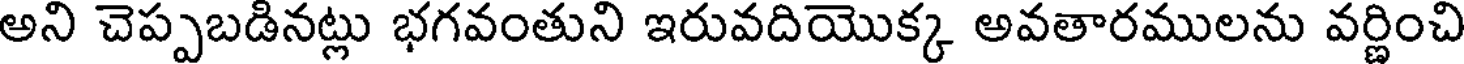
అని చెప్పబడినట్లు భగవంతుని ఇరువదియొక్క అవతారములను వర్ణించి